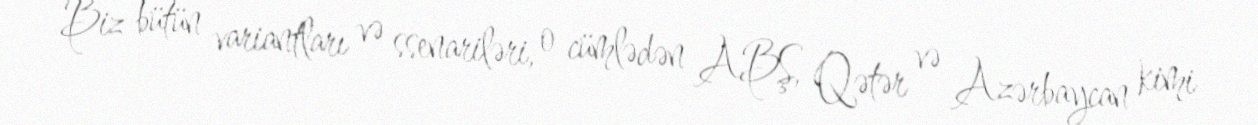
Biz bütün variantları və ssenariləri, o cümlədən ABŞ, Qətər və Azərbaycan kimi